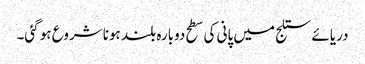
دریائے ستلج میں پانی کی سطح دوبارہ بلند ہونا شروع ہو گئی۔